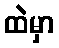
ထဲမှာ